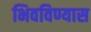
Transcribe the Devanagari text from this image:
भिवविण्यास